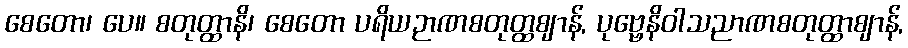
စေတော၊ ပေ။ စတုတ္ထာနိ၊ စေတော ပရိယဉာဏစတုတ္ထဈာန်, ပုဗ္ဗေနိဝါသညာဏစတုတ္ထာဈာန်,